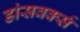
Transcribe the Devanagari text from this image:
डांसवर्क्स